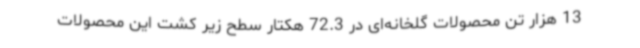
13 هزار تن محصولات گلخانه‌ای در 72.3 هکتار سطح زیر کشت این محصولات